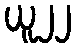
ယူ၂၂